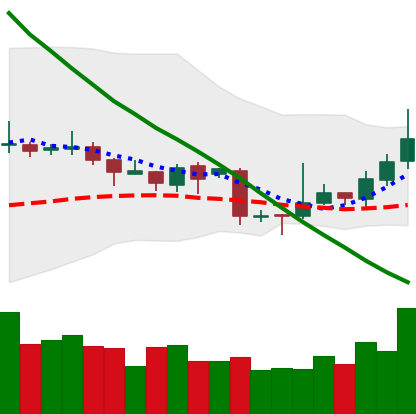
Ticker: TRX-USD
Chart end date: 2018-11-06
Forward return: -6.593%
Label: down_5_7